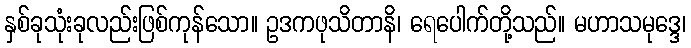
နှစ်ခုသုံးခုလည်းဖြစ်ကုန်သော။ ဥဒကဖုသိတာနိ၊ ရေပေါက်တို့သည်။ မဟာသမုဒ္ဒေ၊